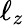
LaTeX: \ell_{z}